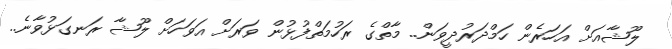
ލޫޝާއަށް އަހަރެން ހަމްދަރުދީވަން.. މާތްގެ ރަހުމަތްފުޅުން ވަރަށް އަވަހަށް ލޫޝާ ރަނގަޅުވާނެ..